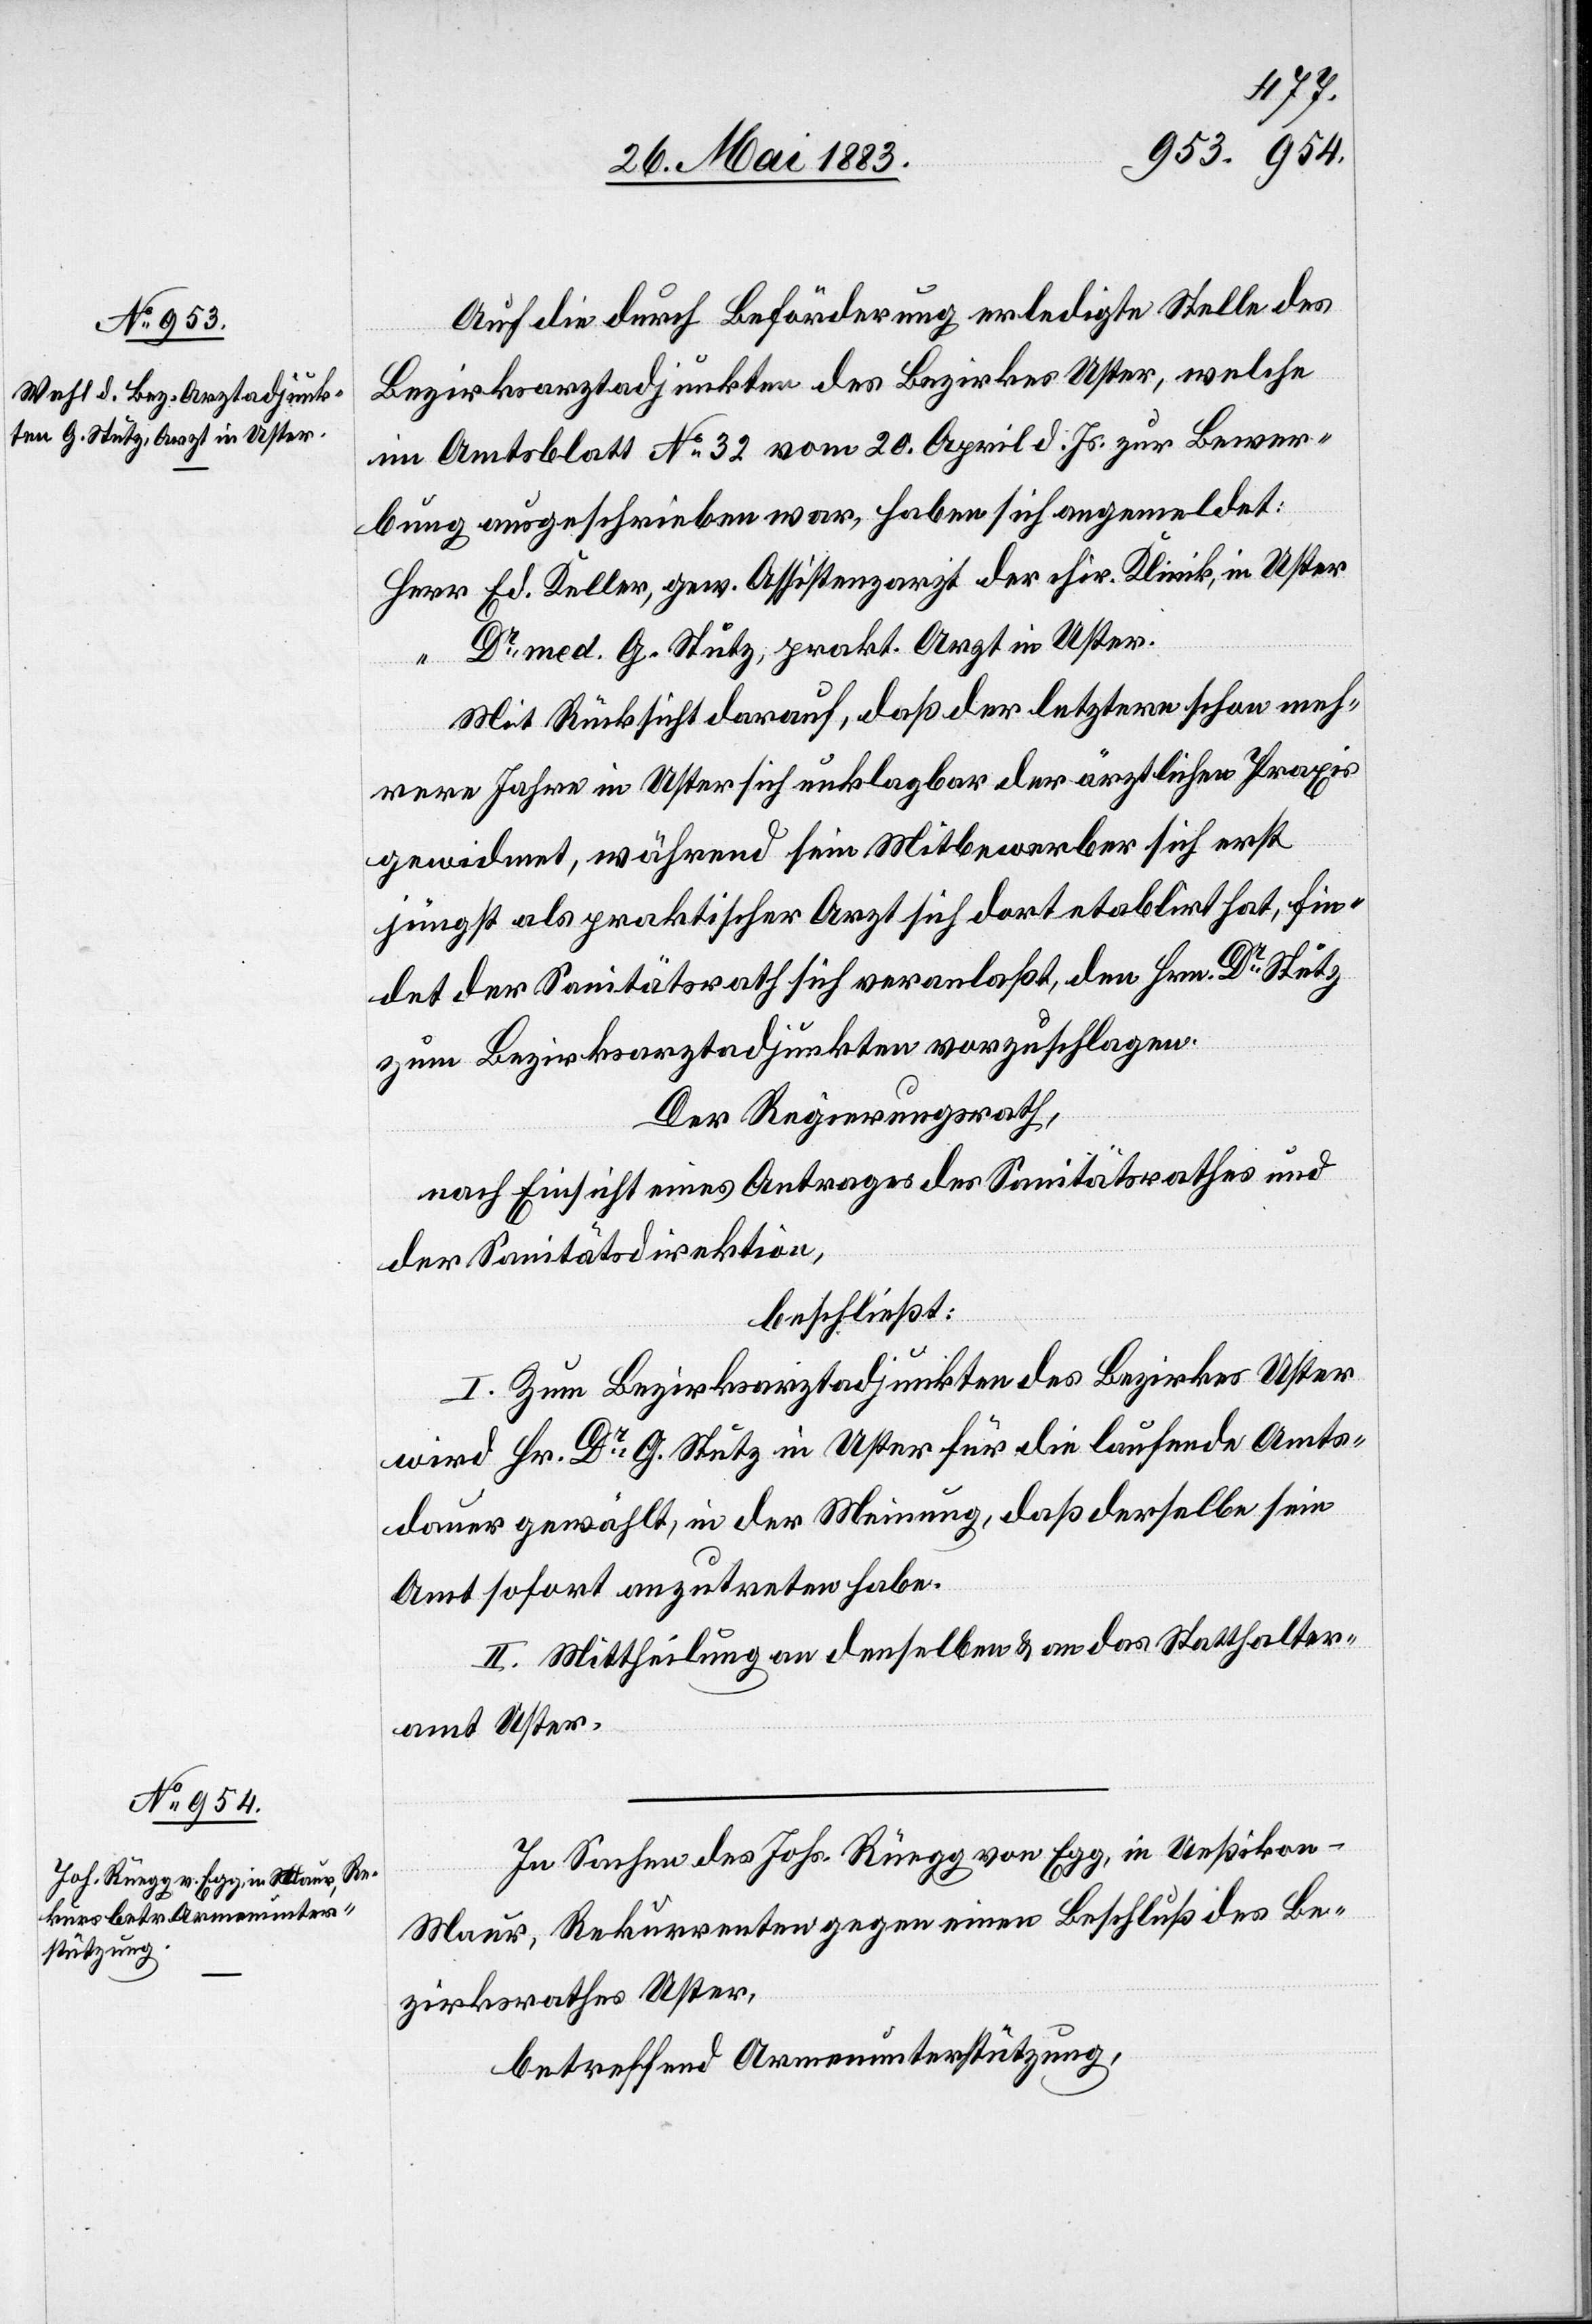
Auch die durch Beförderung erledigte Stelle des
Bezirksarztadjunkten des Bezirkes Uster, welche
im Amtsblatt No 32 vom 20. April d. Js. zur Bewer¬
fin¬
bung ausgeschrieben war, haben sich angemeldet:
Herr Ed. Keller, gew. Assistenzarzt der chir. Klinik, in Uster
Dr med. G. Stutz, prakt. Arzt in Uster.
Mit Rücksicht darauf, daß der letztere schon meh¬
rere Jahre in Uster sich unklagbar der ärztlichen Praxis
gewidmet, während sein Mitbewerber sich erst
jüngst als praktischer Arzt sich dort etablirt hat, [sic!]
det der Sanitätsrath sich veranlaßt, den Hrn. Dr Stutz
zum Bezirksarztadjunkten vorzuschlagen.
Der Regierungsrath,
nach Einsicht eines Antrages des Sanitätsrathes und
der Sanitätsdirektion,
beschließt:
I. Zum Bezirksarztadjunkten des Bezirkes Uster
wird Hr. Dr G. Stutz in Uster für die laufende Amts¬
dauer gewählt, in der Meinung, daß derselbe sein
Amt sofort anzutreten habe.
II. Mittheilung an denselben & an das Statthalter¬
amt Uster.
In Sachen des Johs. Rüegg von Egg, in Ueßikon
Maur, Rekurrenten gegen einen Beschluß des Be¬
zirksrathes Uster,
betreffend Armenunterstützung,